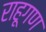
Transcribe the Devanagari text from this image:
राहूगण